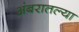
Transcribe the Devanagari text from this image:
अंबरातल्या